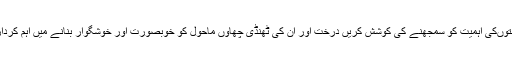
اس لئے درختوںکی اہمیت کو سمجھنے کی کوشش کریں درخت اور ان کی ٹھنڈی چھاوں ماحول کو خوبصورت اور خوشگوار بنانے میں اہم کردار کرتے ہیں۔